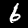
Label: 6